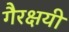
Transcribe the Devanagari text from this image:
गैरक्षयी